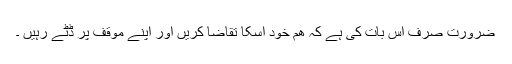
ضرورت صرف اس بات کی ہے کہ ھم خود اسکا تقاضا کریں اور اپنے موقف پر ڈٹے رہیں ۔